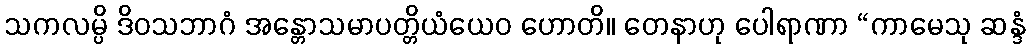
သကလမ္ပိ ဒိဝသဘာဂံ အန္တောသမာပတ္တိယံယေဝ ဟောတိ။ တေနာဟု ပေါရာဏာ “ကာမေသု ဆန္ဒံ